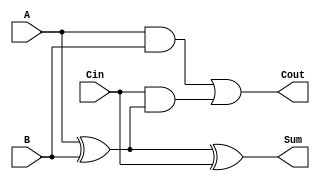
module LowPowerFullAdder (
    input wire A,       // First input bit
    input wire B,       // Second input bit
    input wire Cin,     // Carry input bit
    output wire Sum,    // Resultant sum bit
    output wire Cout    // Carry output bit
);

// Internal signals
wire AxB;     // Intermediate signal for A XOR B
wire AxB_Cin; // Intermediate signal for (A XOR B) XOR Cin

// Compute the intermediate signals
assign AxB = A ^ B;                 // A XOR B
assign AxB_Cin = AxB ^ Cin;         // (A XOR B) XOR Cin
assign Sum = AxB_Cin;               // Sum output

// Carry out calculation
assign Cout = (A & B) | (Cin & AxB); // Cout = (A AND B) OR (Cin AND (A XOR B))

endmodule